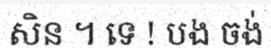
សិន ។ ទេ ! បង ចង់